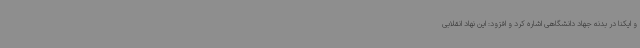
و ایکنا در بدنه جهاد دانشگاهی اشاره کرد و افزود: این نهاد انقلابی